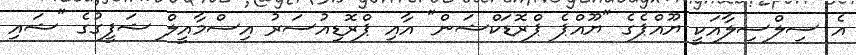
އެ ސިލްސިލާއަކީ ޔޫއްޕެގެ "ޔޫއްޕެ ޕްރޮޑަކްޝަން" އާއި ޕްރޮޑިއުސަރު އިސްމާއީލް ޝަފީގުގެ "ޝައި